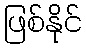
ဖြစ်နိုင်